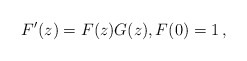
\begin{align*}F'(z)= F(z)G(z), F(0)=1\,,\end{align*}